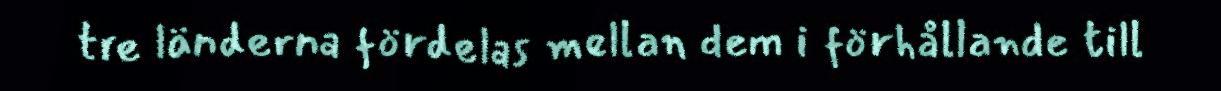
tre länderna fördelas mellan dem i förhållande till